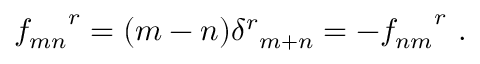
{ f _ { m n } } ^ { r } = ( m - n ) { \delta ^ { r } } _ { m + n } = - { f _ { n m } } ^ { r } ~ .